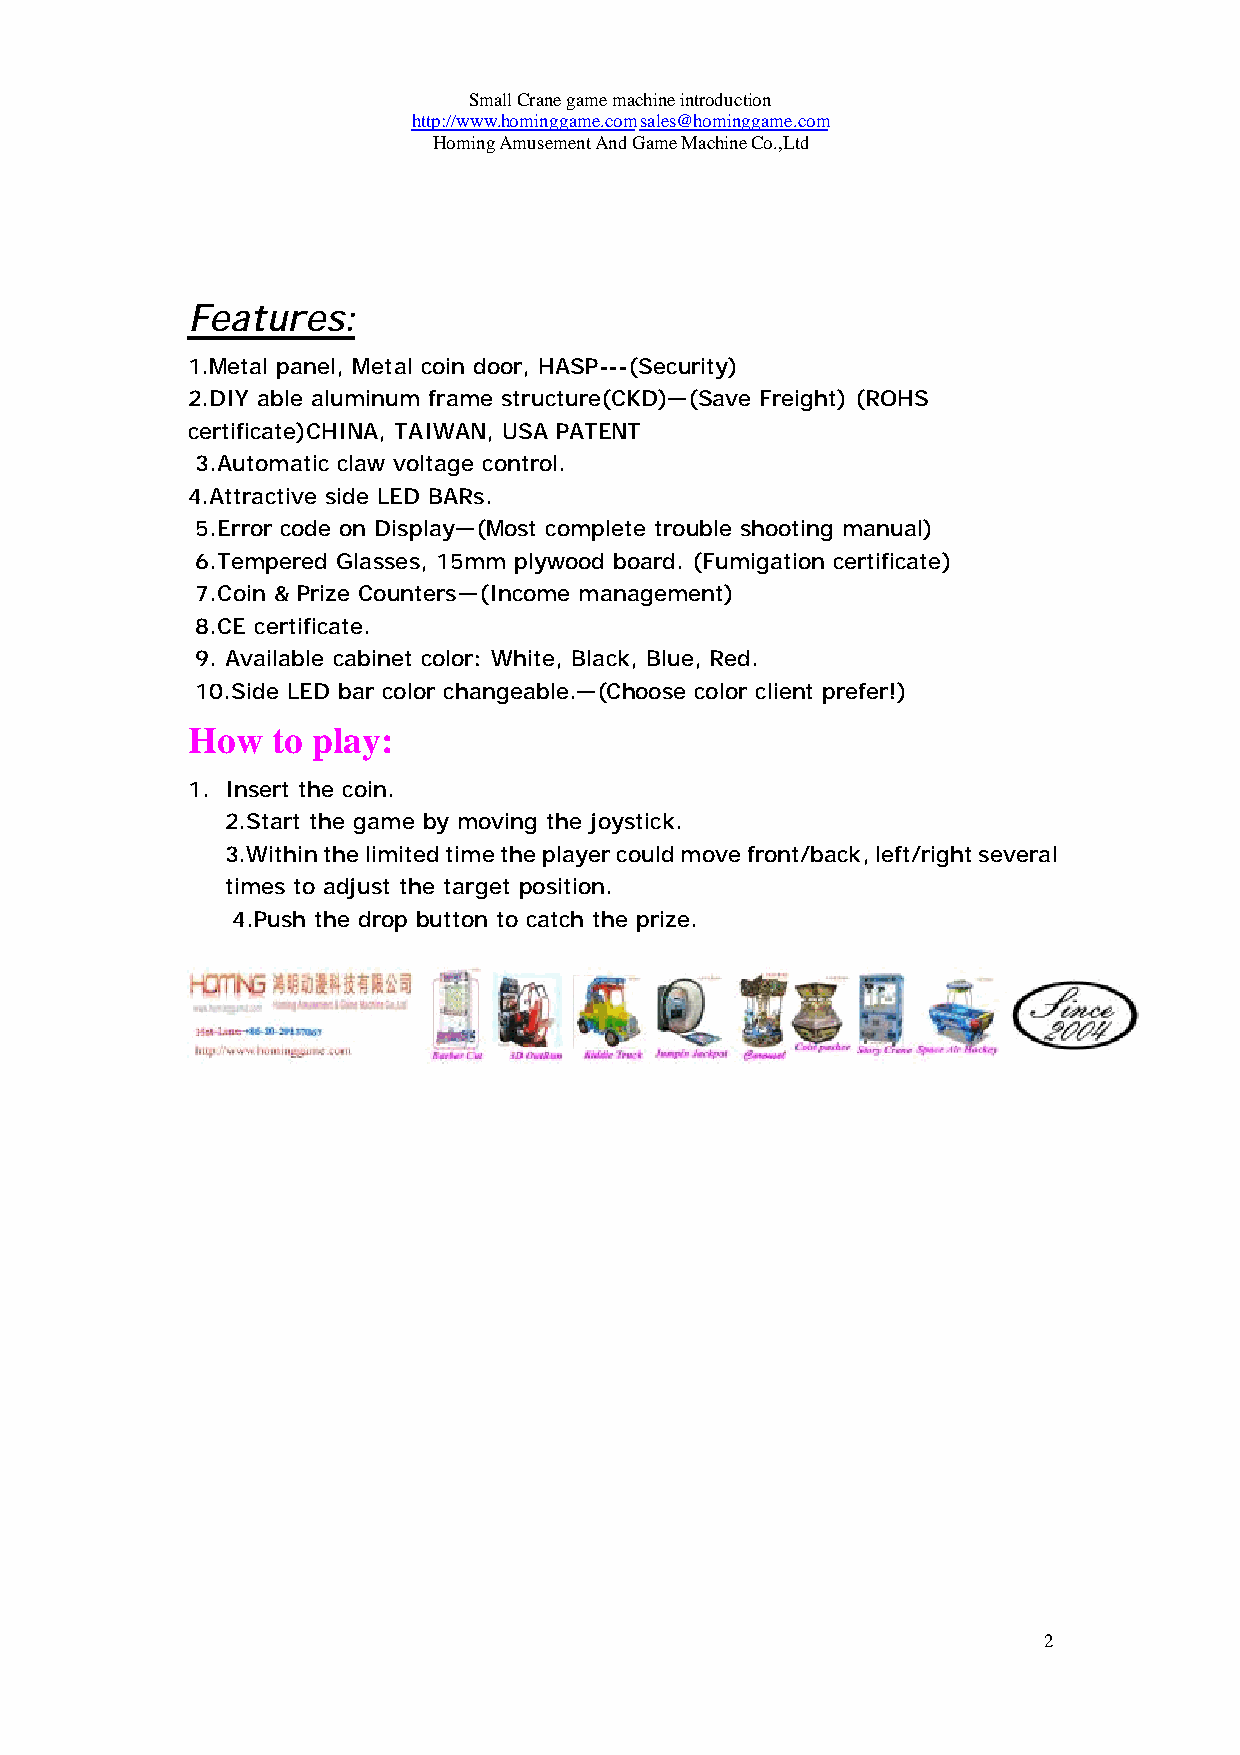
Small Crane game machine introduction
 http://www.hominggame.com sales@hominggame.com
 Homing Amusement And Game Machine Co.,Ltd
 Features:
 1.Metal panel, Metal coin door, HASP---(Security)
 2.DIY able aluminum frame structure(CKD)—(Save Freight) (ROHS
 certificate)CHINA, TAIWAN, USA PATENT
 3.Automatic claw voltage control.
 4.Attractive side LED BARs.
 5.Error code on Display—(Most complete trouble shooting manual)
 6.Tempered Glasses, 15mm plywood board. (Fumigation certificate)
 7.Coin & Prize Counters—(Income management)
 8.CE certificate.
 9. Available cabinet color: White, Black, Blue, Red.
 10.Side LED bar color changeable.—(Choose color client prefer!)
 How   to play:
 1. Insert the coin.
 2.Start the game by moving the joystick.
 3.Within the limited time the player could move front/back, left/right several
 times to adjust the target position.
 4.Push the drop button to catch the prize.
 2